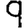
Digit: 9